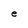
Character: e